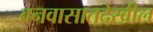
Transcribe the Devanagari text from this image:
वनवासातदेखील